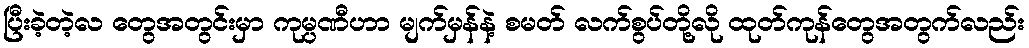
ပြီးခဲ့တဲ့လ တွေအတွင်းမှာ ကုမ္ပဏီဟာ မျက်မှန်နဲ့ စမတ် လက်စွပ်တို့လို ထုတ်ကုန်တွေအတွက်လည်း